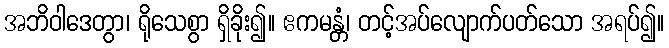
အဘိဝါဒေတွာ၊ ရိုသေစွာ ရှိခိုး၍။ ဧကမန္တံ၊ တင့်အပ်လျောက်ပတ်သော အရပ်၍။